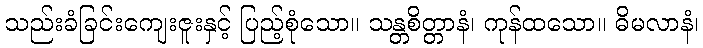
သည်းခံခြင်းကျေးဇူးနှင့် ပြည့်စုံသော။ သန္တစိတ္တာနံ၊ ကုန်ထသော။ ဓိမလာနံ၊